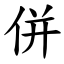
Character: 併